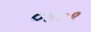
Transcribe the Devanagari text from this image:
०४०१